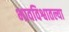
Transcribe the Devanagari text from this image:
भावविश्वातल्या